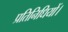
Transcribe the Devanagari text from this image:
प्रतिनिधियों।